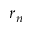
r _ { n }